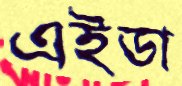
এইডা